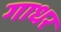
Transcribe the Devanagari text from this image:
गाधर